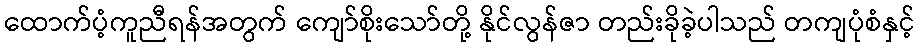
ထောက်ပံ့ကူညီရန်အတွက် ကျော်စိုးသော်တို့ နိုင်လွန်ဇာ တည်းခိုခဲ့ပါသည် တကျပုံစံနှင့်